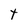
Character: t